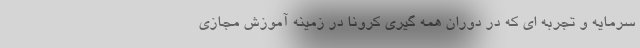
سرمایه و تجربه ای که در دوران همه گیری کرونا در زمینه آموزش مجازی